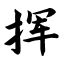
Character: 挥